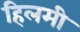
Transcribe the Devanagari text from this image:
हिलमी